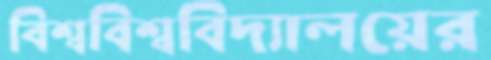
বিশ্ববিশ্ববিদ্যালয়ের